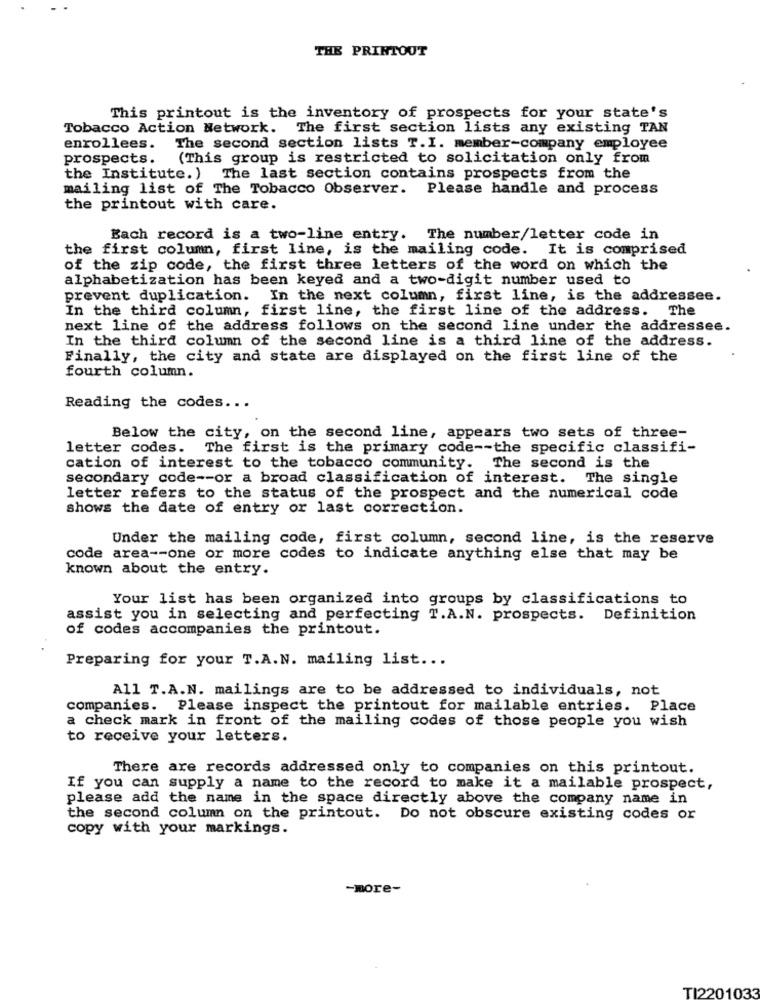
THE PRINTOUT
This printout is the inventory of prospects for your state's
Tobacco Action Network. The first section lists any existing TAN
enrollees.
The second section lists T.I. member-company employee
prospects.
(This group is restricted to solicitation only from
the Institute. ) The last section contains prospects from the
mailing list of The Tobacco Observer. Please handle and process
the printout with care.
Bach record is a two-line entry. The number/letter code in
the first column, first line, is the mailing code. It is comprised
of the zip code, the first three letters of the word on which the
alphabetization has been keyed and a two-digit number used to
prevent duplication. In the next column, first line, is the addressee.
In the third column, first line, the first line of the address. The
next line of the address follows on the second line under the addressee.
In the third column of the second line is a third line of the address.
Finally, the city and state are displayed on the first line of the
fourth column.
Reading the codes ...
Below the city, on the second line, appears two sets of three-
letter codes. The first is the primary code -- the specific classifi-
cation of interest to the tobacco community. The second is the
secondary code -- or a broad classification of interest. The single
letter refers to the status of the prospect and the numerical code
shows the date of entry or last correction.
Under the mailing code, first column, second line, is the reserve
code area -- one or more codes to indicate anything else that may be
known about the entry.
Your list has been organized into groups by classifications to
assist you in selecting and perfecting T.A.N. prospects. Definition
of codes accompanies the printout.
Preparing for your T.A.N. mailing list ...
All T.A.N. mailings are to be addressed to individuals, not
companies. Please inspect the printout for mailable entries. Place
a check mark in front of the mailing codes of those people you wish
to receive your letters.
There are records addressed only to companies on this printout.
If you can supply a name to the record to make it a mailable prospect,
please add the name in the space directly above the company name in
the second column on the printout. Do not obscure existing codes or
copy with your markings.
-more-
TI2201033